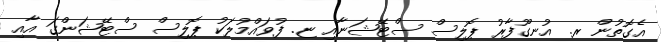
އެގޮތުން ރ. އުނގޫފާރު ޕޮލިސް ސްޓޭޝަނާއި ޏ. ފުވައްމުލަކު ޕޮލިސް ސްޓޭޝަންގަ އާއި